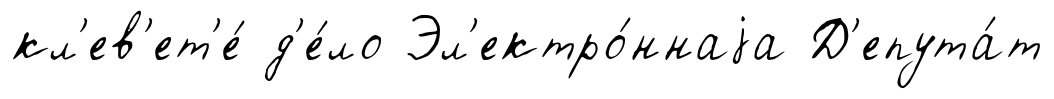
кл'ев'ет'е́ д'е́ло Эл'ектро́ннаjа Д'епута́т